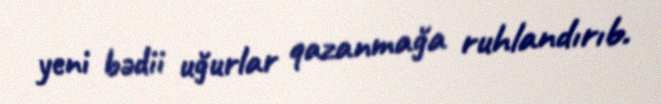
yeni bədii uğurlar qazanmağa ruhlandırıb.